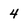
Character: 4